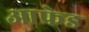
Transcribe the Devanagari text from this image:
आफ्रेड